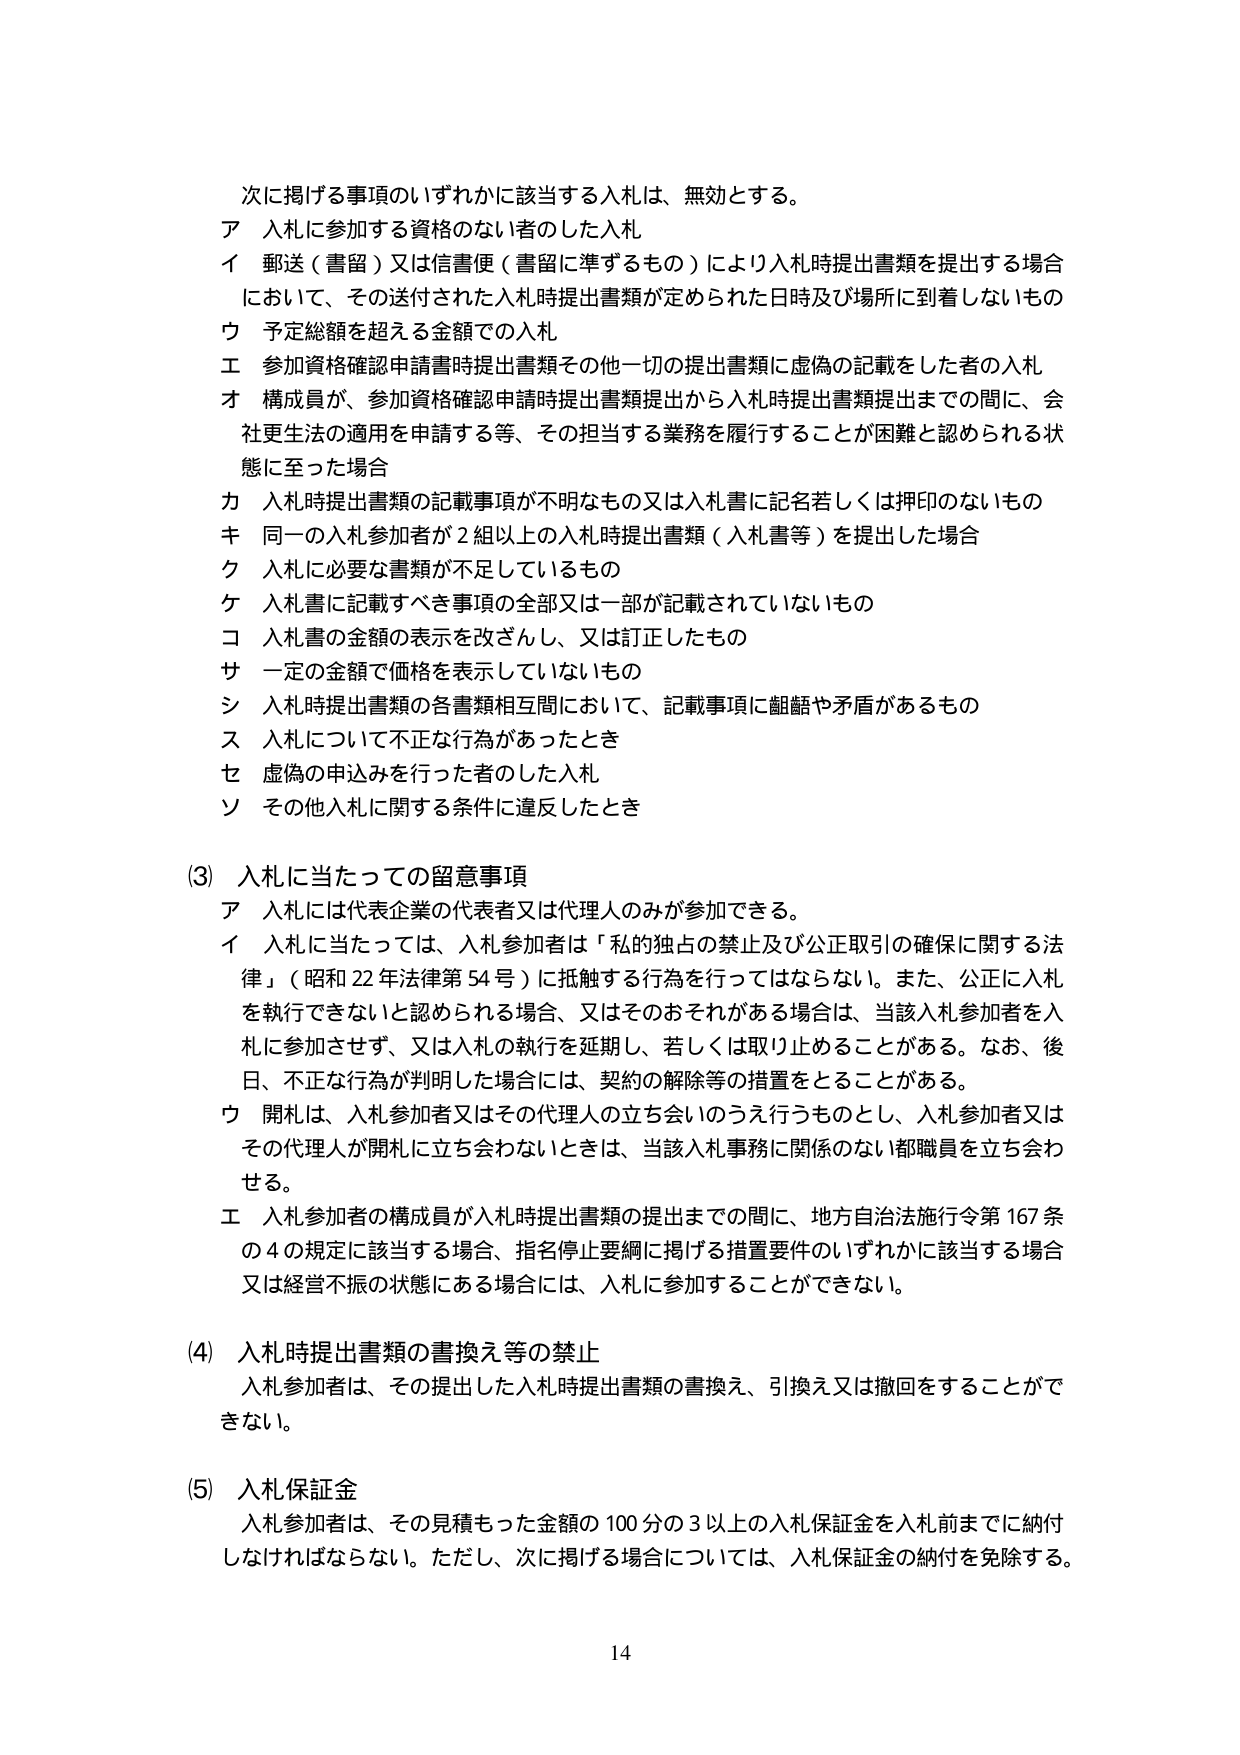
次に掲げる事項のいずれかに該当する入札は、無効とする。
ア 入札に参加する資格のない者のした入札
イ 郵送（書留）又は信書便（書留に準ずるもの）により入札時提出書類を提出する場合
において、その送付された入札時提出書類が定められた日時及び場所に到着しないもの
ウ 予定総額を超える金額での入札
エ 参加資格確認申請書時提出書類その他一切の提出書類に虚偽の記載をした者の入札
オ 構成員が、参加資格確認申請時提出書類提出から入札時提出書類提出までの間に、会
社更生法の適用を申請する等、その担当する業務を履行することが困難と認められる状
態に至った場合
カ 入札時提出書類の記載事項が不明なもの又は入札書に記名若しくは押印のないもの
キ 同一の入札参加者が2組以上の入札時提出書類（入札書等）を提出した場合
ク 入札に必要な書類が不足しているもの
ケ 入札書に記載すべき事項の全部又は一部が記載されていないもの
コ 入札書の金額の表示を改ざんし、又は訂正したもの
サ 一定の金額で価格を表示していないもの
シ 入札時提出書類の各書類相互間において、記載事項に齟齬や矛盾があるもの
ス 入札について不正な行為があったとき
セ 虚偽の申込みを行った者のした入札
ソ その他入札に関する条件に違反したとき

(3) 入札に当たっての留意事項
ア 入札には代表企業の代表者又は代理人のみが参加できる。
イ 入札に当たっては、入札参加者は「私的独占の禁止及び公正取引の確保に関する法
律」（昭和22年法律第54号）に抵触する行為を行ってはならない。また、公正に入札
を執行できないと認められる場合、又はそのおそれがある場合は、当該入札参加者を入
札に参加させず、又は入札の執行を延期し、若しくは取り止めることがある。なお、後
日、不正な行為が判明した場合には、契約の解除等の措置をとることがある。
ウ 開札は、入札参加者又はその代理人の立ち会いのうえ行うものとし、入札参加者又は
その代理人が開札に立ち会わないときは、当該入札事務に関係のない都職員を立ち会わ
せる。
エ 入札参加者の構成員が入札時提出書類の提出までの間に、地方自治法施行令第167条
の4の規定に該当する場合、指名停止要綱に掲げる措置要件のいずれかに該当する場合
又は経営不振の状態にある場合には、入札に参加することができない。

(4) 入札時提出書類の書換え等の禁止
入札参加者は、その提出した入札時提出書類の書換え、引換え又は撤回をすることがで
きない。

(5) 入札保証金
入札参加者は、その見積もった金額の100分の3以上の入札保証金を入札前までに納付
しなければならない。ただし、次に掲げる場合については、入札保証金の納付を免除する。

14